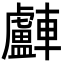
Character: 𨏧